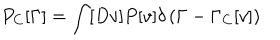
P _ { C } [ \Gamma ] = \int [ D v ] P [ v ] \delta \left( \Gamma - \Gamma _ { C } [ v ] \right)